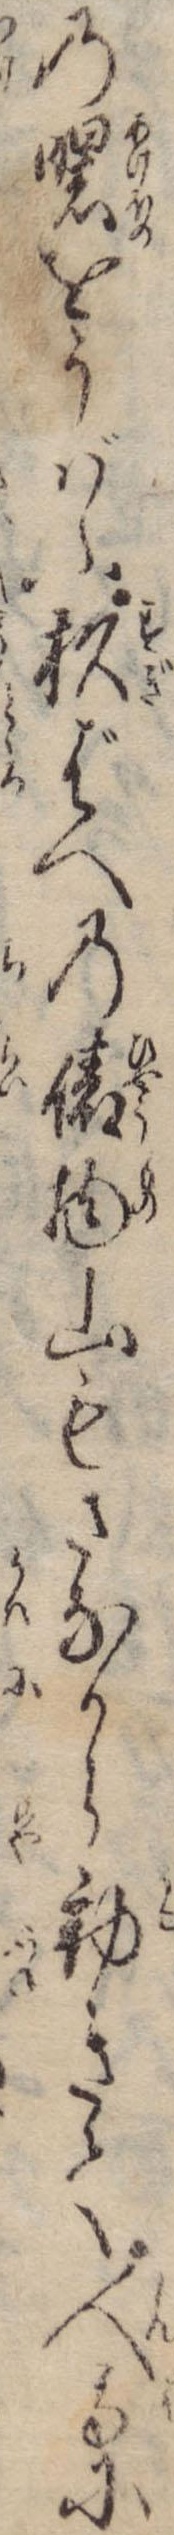
の曙をうばふ杉ばへの俵物山もさなから動きて人馬に